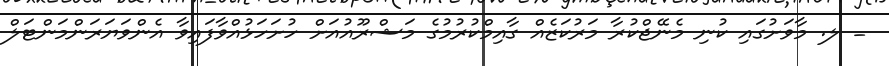
_ ލ. މާވަށުގައި ކުނި މެނޭޖްކުރާ މަރުކަޒެއް ގާއިމްކުރުމުގެ މަޝްރޫއުއަށް ހުށަހަޅުއްވާފައިވާ އެންވަޔަރަންމަންޓަލް